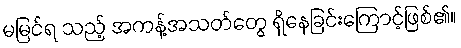
မမြင်ရ သည့် အကန့်အသတ်တွေ ရှိနေခြင်းကြောင့်ဖြစ်၏။